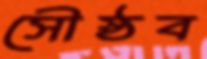
সৌষ্ঠব